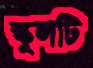
স্কুলটি